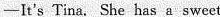
---It's Tina. She has a sweet